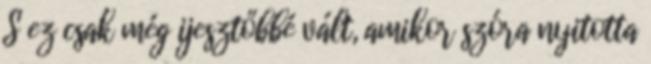
S ez csak még ijesztőbbé vált, amikor szóra nyitotta